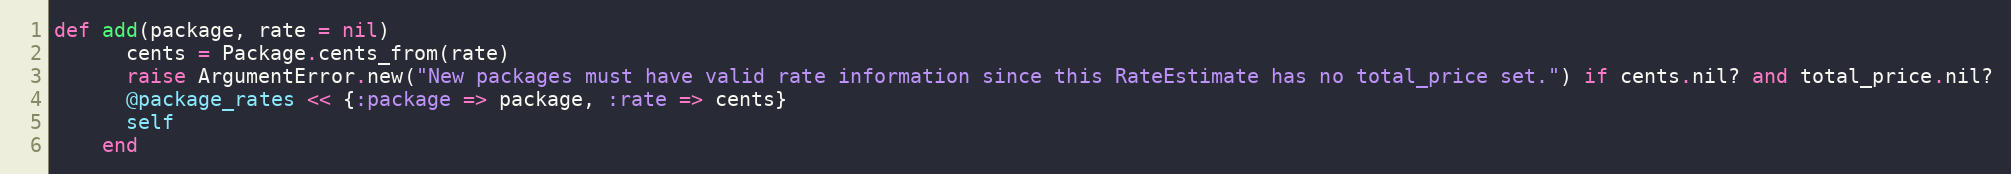
Language: Ruby
def add(package, rate = nil)
      cents = Package.cents_from(rate)
      raise ArgumentError.new("New packages must have valid rate information since this RateEstimate has no total_price set.") if cents.nil? and total_price.nil?
      @package_rates << {:package => package, :rate => cents}
      self
    end